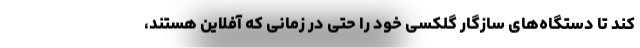
کند تا دستگاه‌های سازگار گلکسی خود را حتی در زمانی که آفلاین هستند،